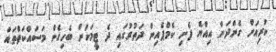
ކުރިއަށް ގެންދަން އިއްޔެ ފެށި ކެމްޕެއިން ދަތުރުގައި ދެ ޓީމަކަށް ބެހިގެން މަސައްކަތްތައް